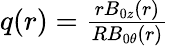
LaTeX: \begin{array}{r}{q(r)=\frac{rB_{0z}(r)}{RB_{0\theta}(r)}}\end{array}